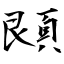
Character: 䫀